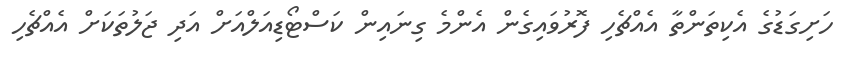
ހަށިގަޑުގެ އެކިތަންތާ އެއްޗެހި ފޮރުވައިގެން އެންމެ ގިނައިން ކަސްޓޯޑިއަލްއަށް އަދި ޖަލުތަކަށް އެއްޗެހި